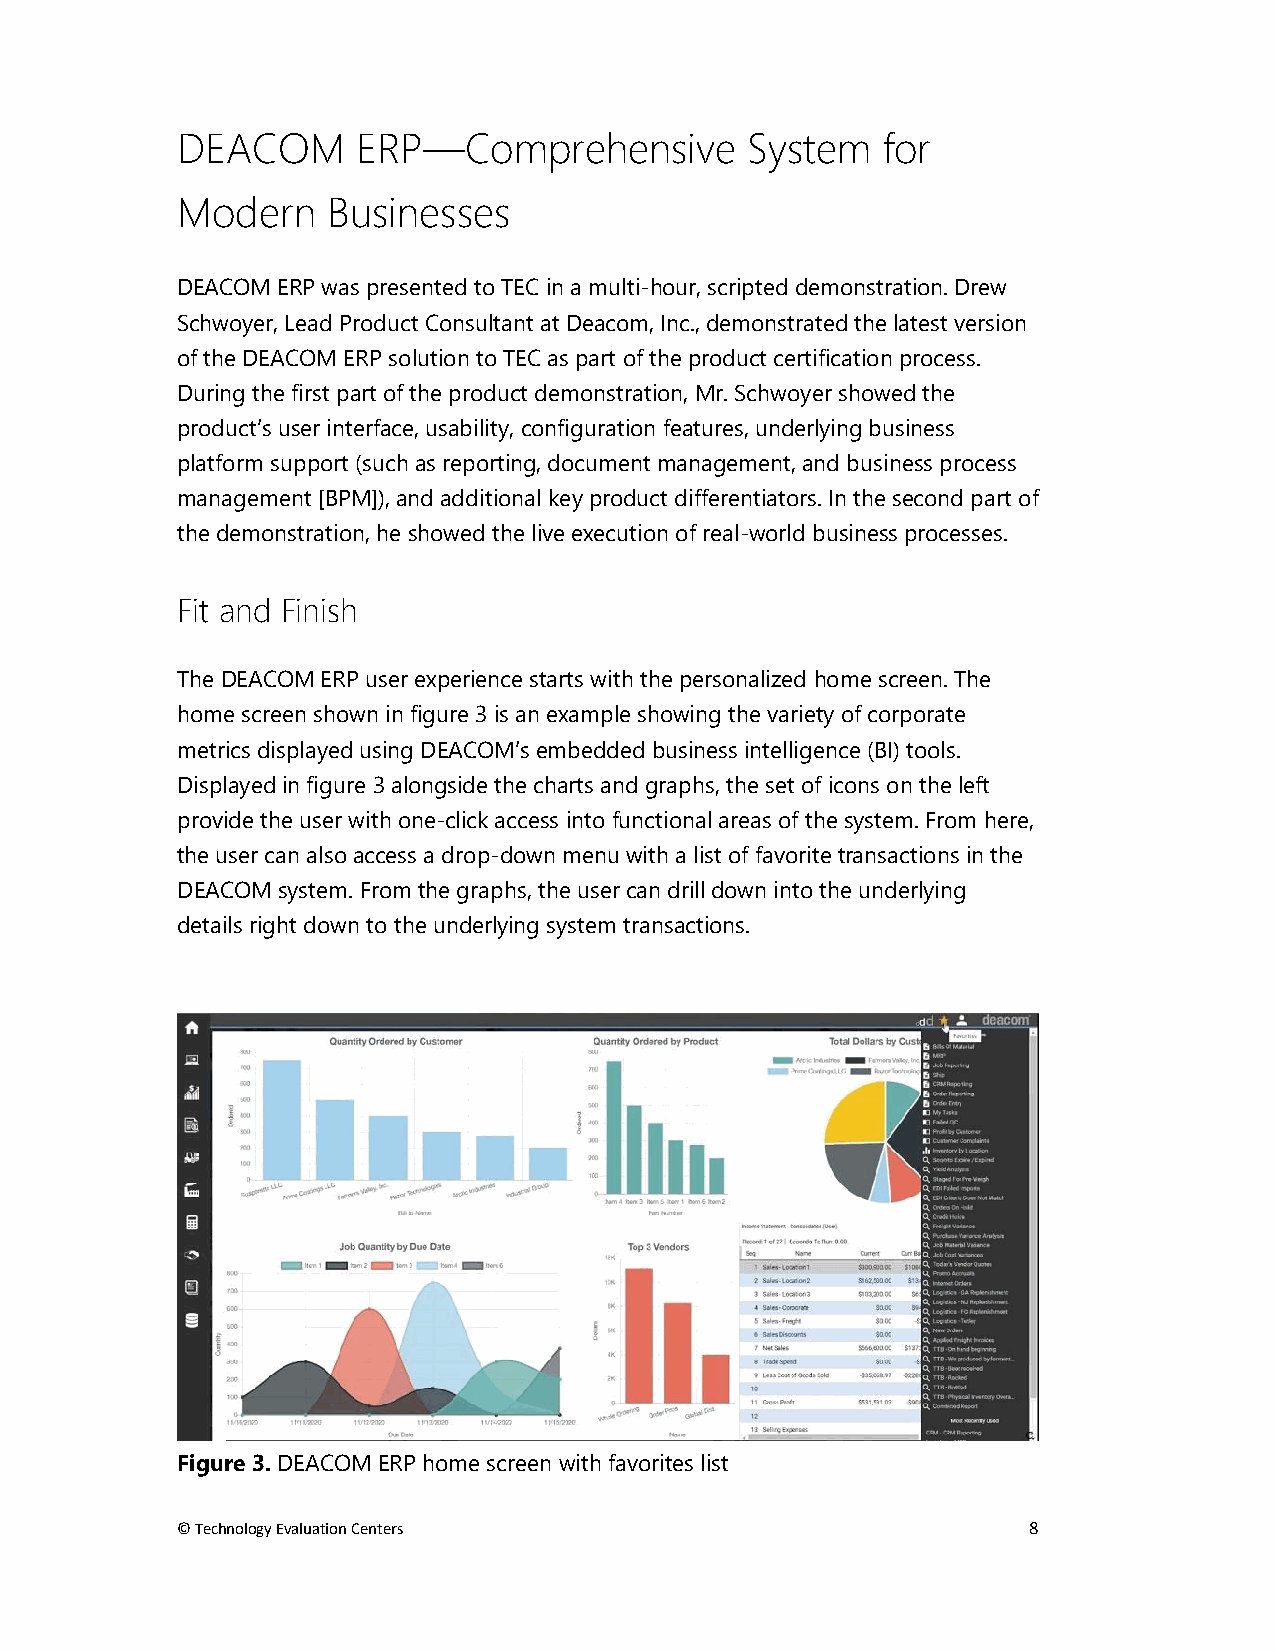
DEACOM      ERP—Comprehensive         System  for
 Modern    Businesses
 DEACOM ERP was presented to TEC in a multi-hour, scripted demonstration. Drew
 Schwoyer, Lead Product Consultant at Deacom, Inc., demonstrated the latest version
 of the DEACOM ERP solution to TEC as part of the product certification process.
 During the first part of the product demonstration, Mr. Schwoyer showed the
 product’s user interface, usability, configuration features, underlying business
 platform support (such as reporting, document management, and business process
 management [BPM]), and additional key product differentiators. In the second part of
 the demonstration, he showed the live execution of real-world business processes.
 Fit and Finish
 The DEACOM ERP user experience starts with the personalized home screen. The
 home screen shown in figure 3 is an example showing the variety of corporate
 metrics displayed using DEACOM’s embedded business intelligence (BI) tools.
 Displayed in figure 3 alongside the charts and graphs, the set of icons on the left
 provide the user with one-click access into functional areas of the system. From here,
 the user can also access a drop-down menu with a list of favorite transactions in the
 DEACOM system. From the graphs, the user can drill down into the underlying
 details right down to the underlying system transactions.
 Figure 3. DEACOM ERP home screen with favorites list
 © Technology Evaluation Centers                         8